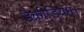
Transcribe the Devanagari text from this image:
डैक्रीडियम।